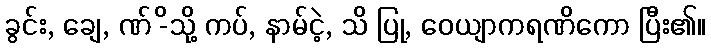
ခွင်း, ချေ, ဏ် -ိသို့ ကပ်, နာမ်ငဲ့, သိ ပြု, ဝေယျာကရဏိကော ပြီး၏။